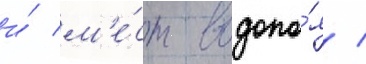
и́ м'е́ст водопо́я /